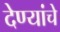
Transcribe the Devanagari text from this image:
देण्यांचे